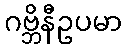
ဂဗ္ဘိနီဥပမာ